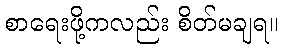
စာရေးဖို့ကလည်း စိတ်မချရ။